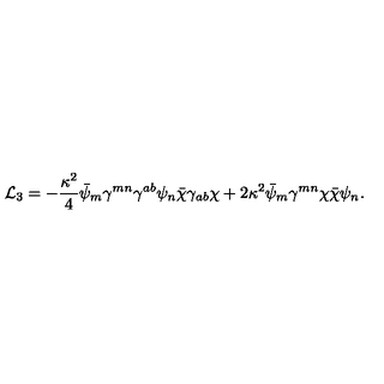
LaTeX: { \cal L } _ { 3 } = - \frac { \kappa ^ { 2 } } { 4 } \bar { \psi } _ { m } \gamma ^ { m n } \gamma ^ { a b } \psi _ { n } \bar { \chi } \gamma _ { a b } \chi + 2 \kappa ^ { 2 } \bar { \psi } _ { m } \gamma ^ { m n } \chi \bar { \chi } \psi _ { n } .